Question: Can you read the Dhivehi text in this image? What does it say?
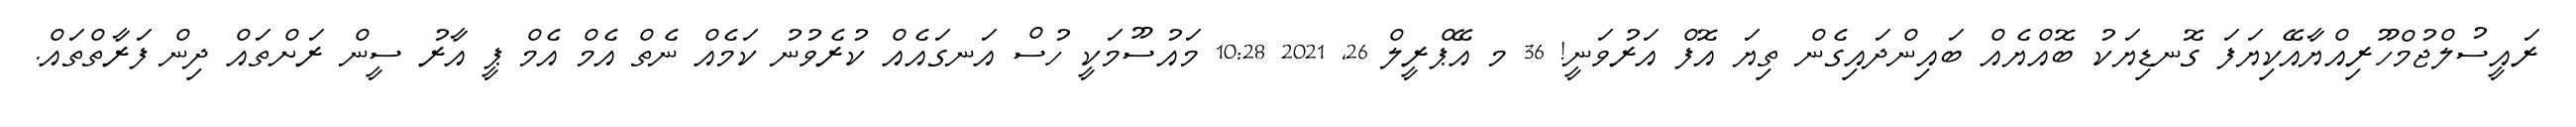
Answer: ރައީސުލްޖުމްހޫރިއްޔާއޭކިޔަފަ ގޮނޑިޔަކު ބޮއްޔެއް ބައިންދައިގެން ތިޔަ އޮފް އަރުވަނީ! 36 މ އޭޕްރީލް 26, 2021 10:28 މައުސޫމަކީ ހުސް އަނގައެއް ކުރެވުނު ކަމެއް ނެތް އެމް އެމް ޕީ އާރު ސީން ރަށްތައް ދިން ފަރާތްތައް.